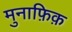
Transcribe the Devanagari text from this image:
मुनाफ़िक़